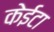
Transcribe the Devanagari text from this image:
केईटा